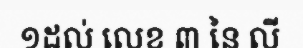
១ដល់ លេខ ៣ នៃ លី